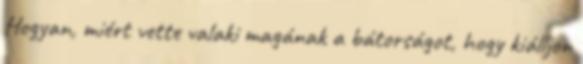
Hogyan, miért vette valaki magának a bátorságot, hogy kiálljon